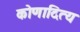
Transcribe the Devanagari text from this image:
कोणादित्य